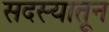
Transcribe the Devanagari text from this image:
सदस्यातून